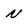
Character: N